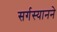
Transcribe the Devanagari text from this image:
सर्गस्यानने